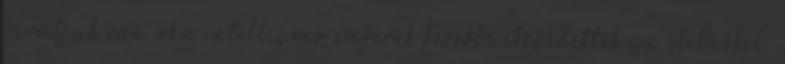
barátjuk van Az intelligens emberek kevésbé elégedettek az életükkel,